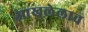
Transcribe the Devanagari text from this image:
आखलेलाच